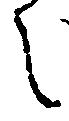
之